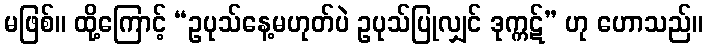
မဖြစ်။ ထို့ကြောင့် “ဥပုသ်နေ့မဟုတ်ပဲ ဥပုသ်ပြုလျှင် ဒုက္ကဋ်” ဟု ဟောသည်။